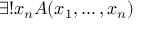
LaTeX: \exists ! x _ { n } A ( x _ { 1 } , \ldots , x _ { n } )